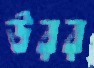
উরর